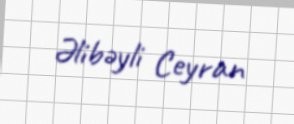
Əlibəyli Ceyran